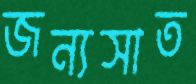
জন্যসাত